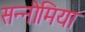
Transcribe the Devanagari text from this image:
सन्नोमिया